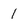
Character: 1